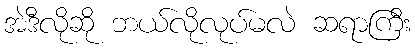
အဲဒီလိုဆို ဘယ်လိုလုပ်မလဲ ဆရာကြီး